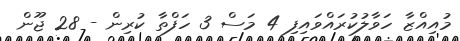
މުއިއްޒާ ހަވާލުކުރައްވައިފި 4 މަސް 3 ހަފްތާ ކުރިން - 28 ޖޫން